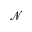
\mathscr { N }